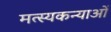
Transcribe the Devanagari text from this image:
मत्स्यकन्याओं